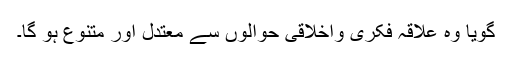
گویا وہ علاقہ فکری واخلاقی حوالوں سے معتدل اور متنوع ہو گا۔